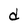
Character: d